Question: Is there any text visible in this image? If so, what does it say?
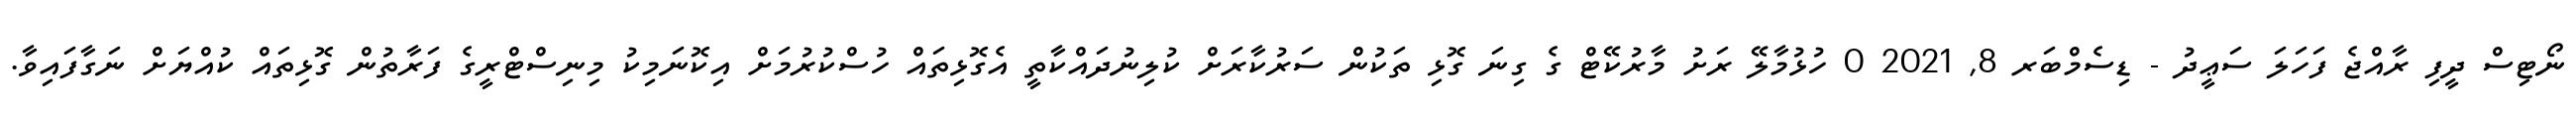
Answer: ނޯޓިސް ދީފި ރާއްޖެ ފަހަލަ ސަޢީދު - ޑިސެމްބަރ 8, 2021 0 ހުޅުމާލޭ ރަށު މާރުކޭޓް ގެ ގިނަ ގޮޅި ތަކުން ސަރުކާރަށް ކުލިނުދައްކާތީ އެގޮޅިތައް ހުސްކުރުމަށް އިކޮނަމިކު މިނިސްޓްރީގެ ފަރާތުން ގޮޅިތައް ކުއްޔަށް ނަގާފައިވާ.